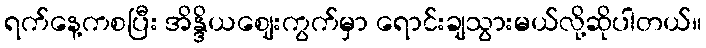
ရက်နေ့ကစပြီး အိန္ဒိယဈေးကွက်မှာ ရောင်းချသွားမယ်လို့ဆိုပါတယ်။